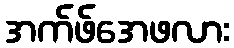
အက်ဖ်အေဖလား